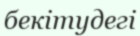
бекітудегі